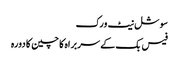
سوشل نیٹ ورک
فیس بک کے سربراہ کا چین کا دورہ